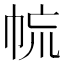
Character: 㡆